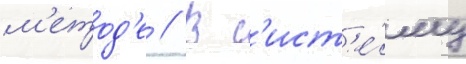
м'етод'е // В с'ист'е́му